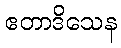
ဧတာဒိသေန